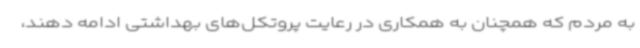
به مردم که همچنان به همکاری در رعایت پروتکل‌های بهداشتی ادامه دهند،